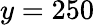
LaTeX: y=250